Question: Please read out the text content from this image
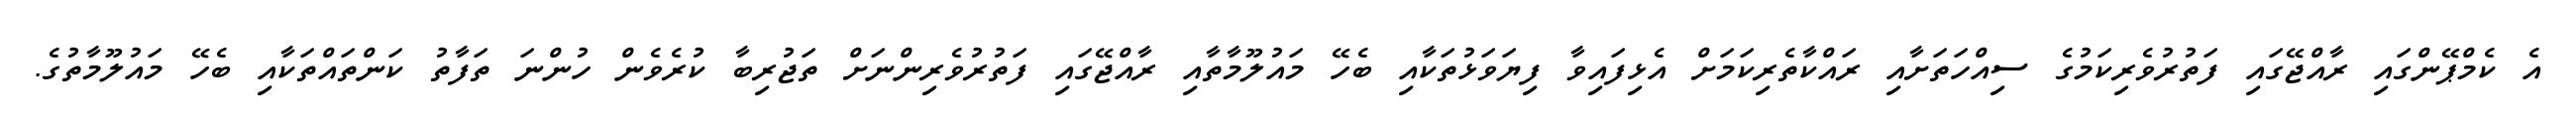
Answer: އެ ކެމްޕޭންގައި ރާއްޖޭގައި ފަތުރުވެރިކަމުގެ ސިއްހަތަށާއި ރައްކާތެރިކަމަށް އެޅިފައިވާ ފިޔަވަޅުތަކާއި ބެހޭ މައުލޫމާތާއި ރާއްޖޭގައި ފަތުރުވެރިންނަށް ތަޖުރިބާ ކުރެވެން ހުންނަ ތަފާތު ކަންތައްތަކާއި ބެހޭ މައުލޫމާތުގެ.